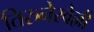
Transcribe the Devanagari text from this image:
तिरुनेरवेल्ली